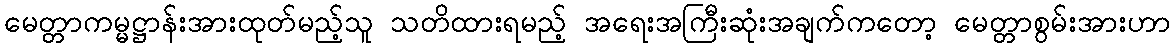
မေတ္တာကမ္မဋ္ဌာန်းအားထုတ်မည့်သူ သတိထားရမည့် အရေးအကြီးဆုံးအချက်ကတော့ မေတ္တာစွမ်းအားဟာ